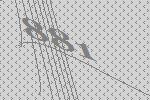
881